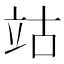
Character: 𥩪